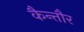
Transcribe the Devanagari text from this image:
कैन्तौर